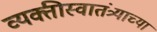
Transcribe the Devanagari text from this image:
व्यक्तीस्वातंत्र्याच्या